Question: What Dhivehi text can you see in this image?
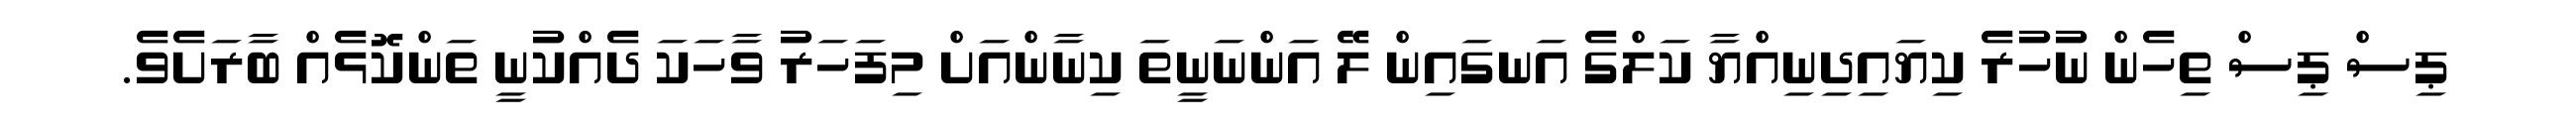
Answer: ޕިސް ޕިސް ތިހެން ނުހުރެ ކިޔައިދިނިއްޔާ ކަލްގެ އަނގައިން ލޭ އަންނަނީތަ ކިނާންއަށް މިފަހަރު ވާހަކަ ދެއްކުނީ ތަންކޮޅެއް ބާރަށެވެ.